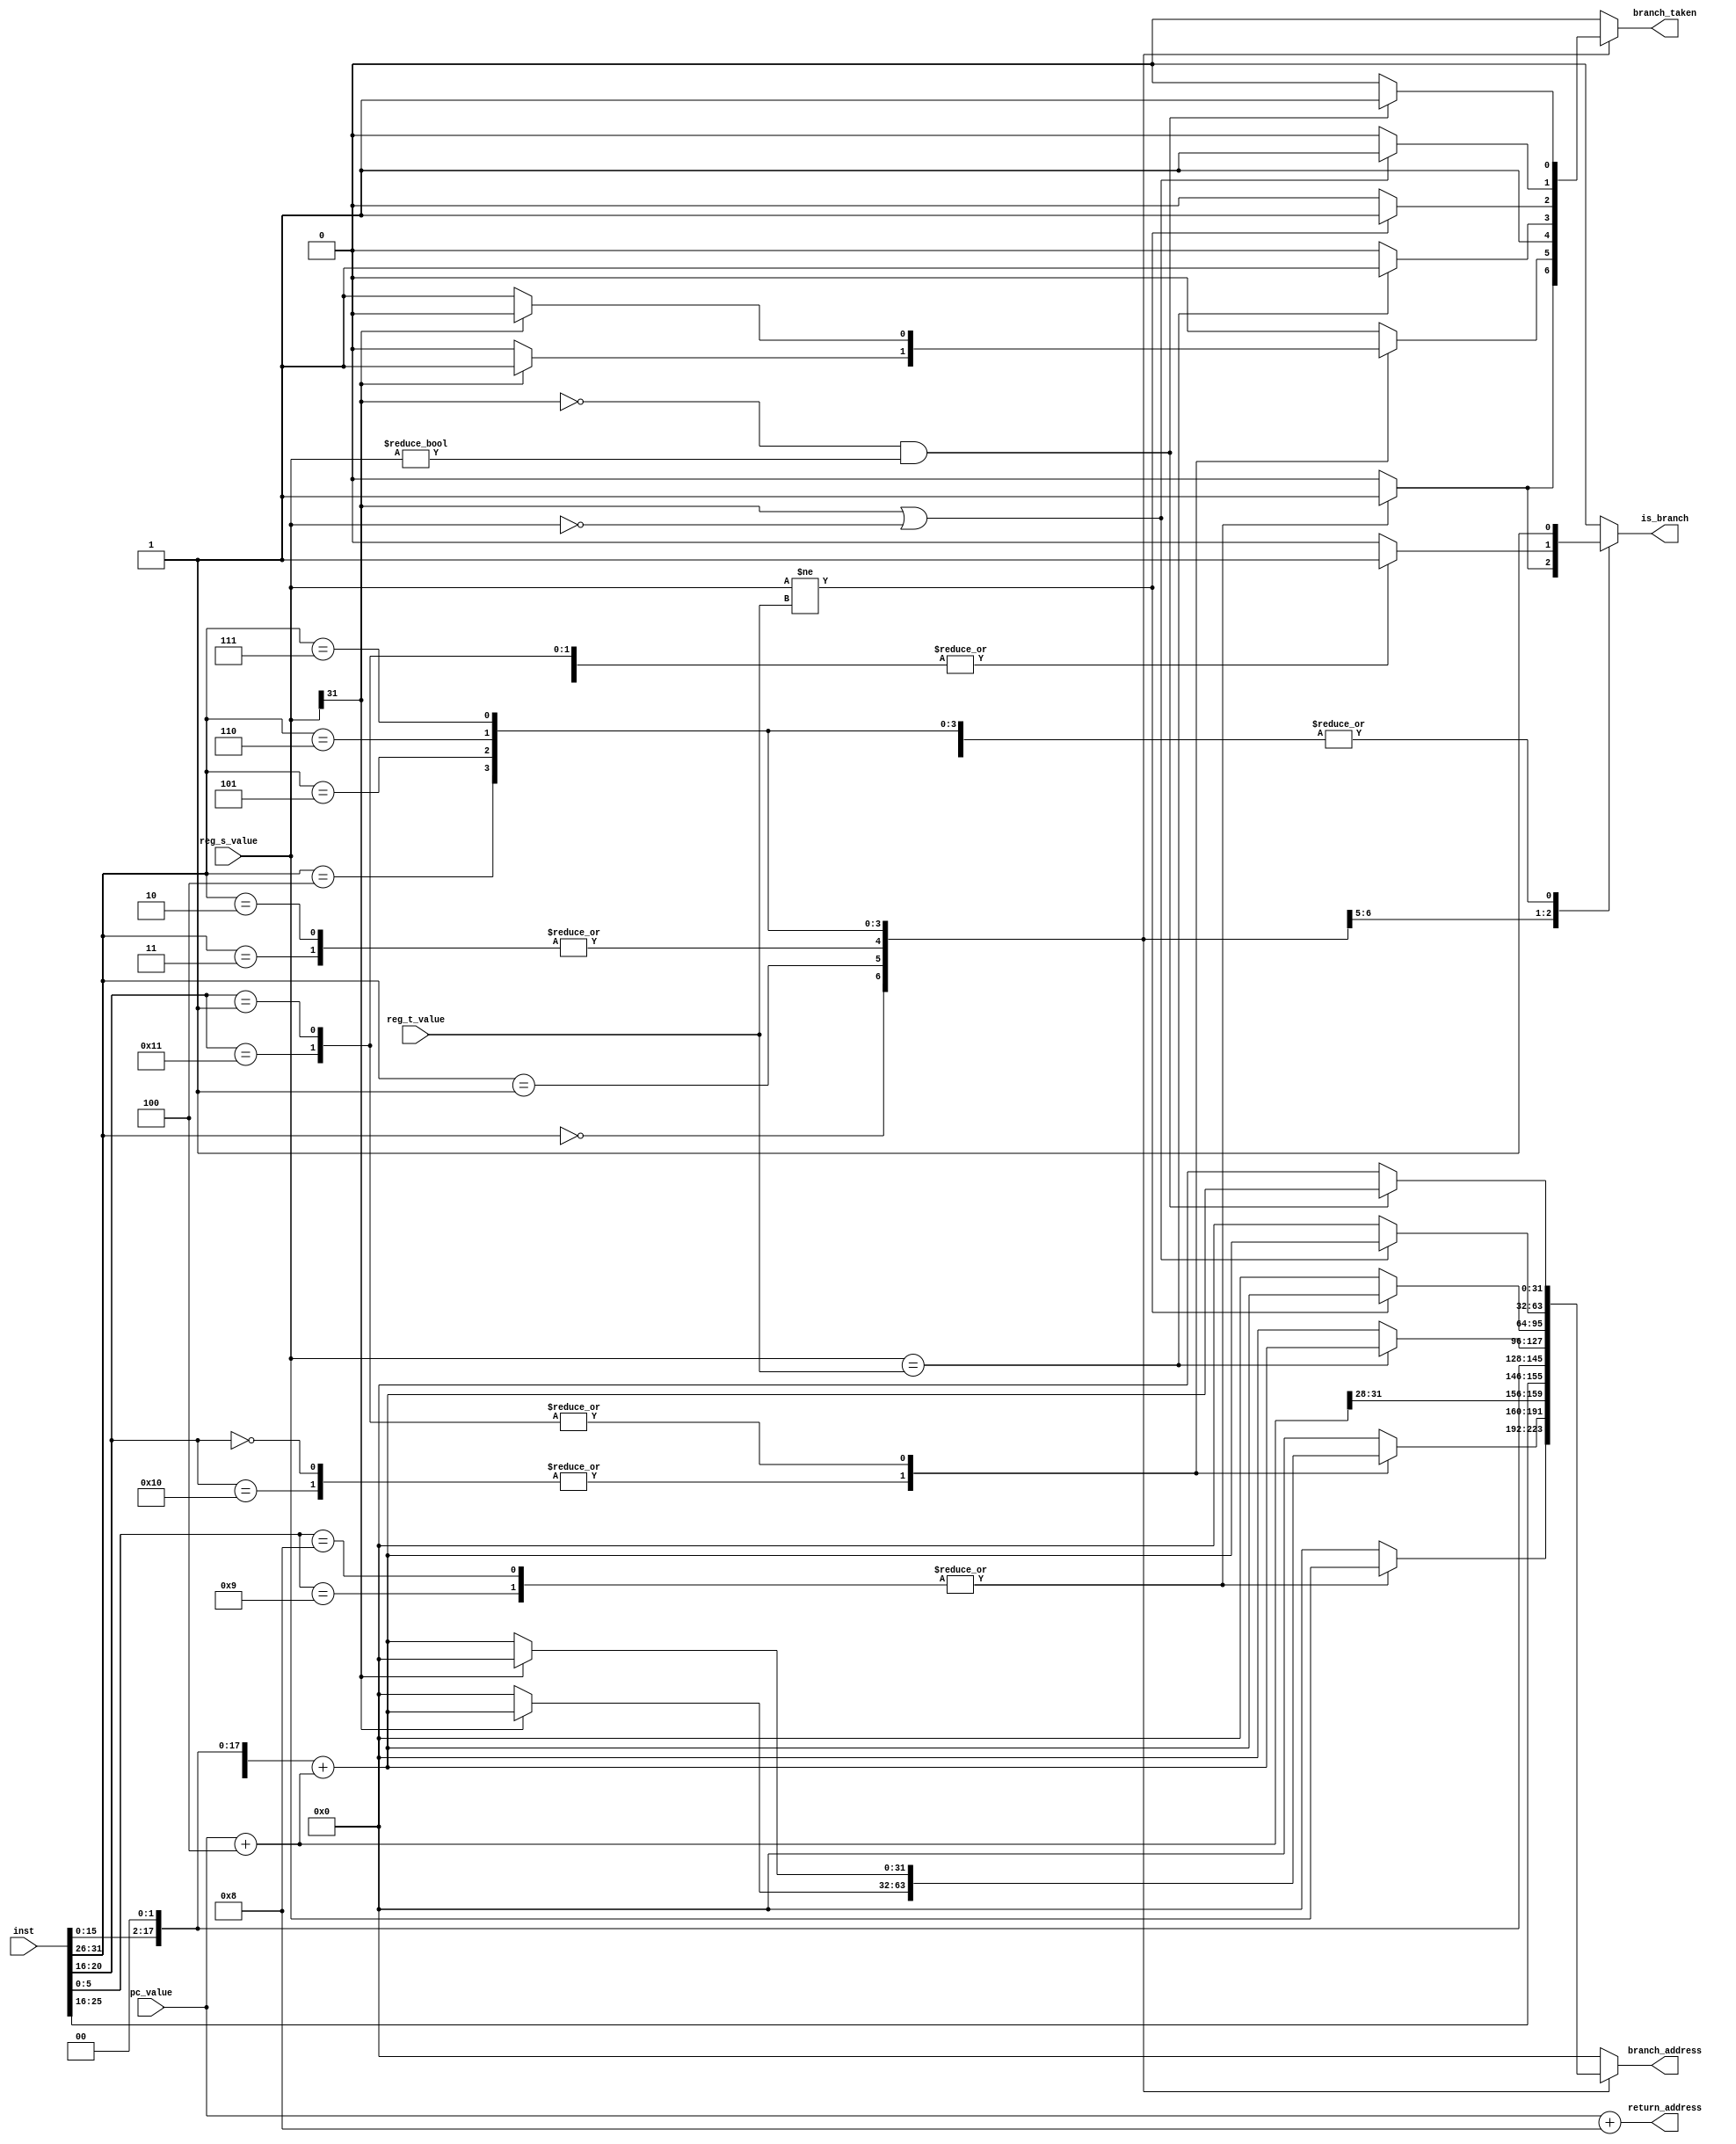
module branch(/*autoport*/
//output
          is_branch,
          branch_taken,
          branch_address,
          return_address,
//input
          inst,
          pc_value,
          reg_s_value,
          reg_t_value);

input wire[31:0] inst;
input wire[31:0] pc_value;
input wire[31:0] reg_s_value;
input wire[31:0] reg_t_value;
output reg is_branch;
output reg branch_taken;
output reg[31:0] branch_address;
output reg[31:0] return_address;

wire[31:0] temp_ds_addr, temp_offset_ext;
wire sign;
assign sign = inst[15];
assign temp_ds_addr = pc_value+32'd4;
assign temp_offset_ext = {
    sign,sign,sign,sign,sign,sign,sign,
    sign,sign,sign,sign,sign,sign,sign,
    inst[15:0],2'b00
    } + temp_ds_addr;

always @(*) begin
    branch_address <= 32'b0;
    is_branch <= 1'b0;
    branch_taken <= 1'b0;
    return_address <= pc_value+32'd8;
    case(inst[31:26])
    6'h0: begin
        case(inst[5:0])
        6'h8, 6'h9: begin //JR, JALR
            branch_address <= reg_s_value;
            is_branch <= 1'b1;
            branch_taken <= 1'b1;
        end
        endcase
    end
    6'h1: begin //REGIMM
        case(inst[20:16])
        5'h0, 5'h10: begin //BLTZ, BLTZAL
            is_branch <= 1'b1;
            if(reg_s_value[31]) begin
                branch_address <= temp_offset_ext;
                branch_taken <= 1'b1;
            end
        end
        5'h1, 5'h11: begin //BGEZ, BGEZAL
            is_branch <= 1'b1;
            if(!reg_s_value[31]) begin
                branch_address <= temp_offset_ext;
                branch_taken <= 1'b1;
            end
        end
        endcase
    end
    6'h2, 6'h3: begin //J, JAL
        is_branch <= 1'b1;
        branch_address <= {temp_ds_addr[31:28], inst[25:0], 2'b00};
        branch_taken <= 1'b1;
    end
    6'h4: begin //BEQ
        is_branch <= 1'b1;
        if(reg_s_value == reg_t_value) begin
            branch_address <= temp_offset_ext;
            branch_taken <= 1'b1;
        end
    end
    6'h5: begin //BNE
        is_branch <= 1'b1;
        if(reg_s_value != reg_t_value) begin
            branch_address <= temp_offset_ext;
            branch_taken <= 1'b1;
        end
    end
    6'h6: begin //BLEZ
        is_branch <= 1'b1;
        if(reg_s_value[31] || reg_s_value==32'b0) begin
            branch_address <= temp_offset_ext;
            branch_taken <= 1'b1;
        end
    end
    6'h7: begin //BGTZ
        is_branch <= 1'b1;
        if(!reg_s_value[31] && reg_s_value!=32'b0) begin
            branch_address <= temp_offset_ext;
            branch_taken <= 1'b1;
        end
    end
    endcase
end

endmodule